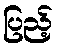
ပြည့်